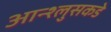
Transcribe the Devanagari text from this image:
आन्श्लुसकडे